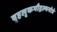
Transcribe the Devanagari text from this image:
वृहलृकमौद्गल्यगोत्रे